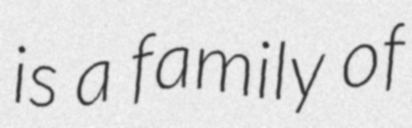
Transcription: is a family of